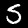
Digit: 5